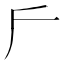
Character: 𠂋